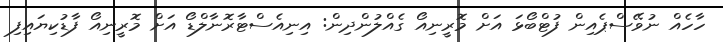
ހާހެއް ނުވޭސްޕެއިން ފުޓްބޯޅަ އަށް މޮރީނިއޯ ގެއްލުންދިން: އިނިއެސްޓާރޮނާލްޑޯ އަށް މޮރީނިއޯ ފާޑުކިޔައިފި